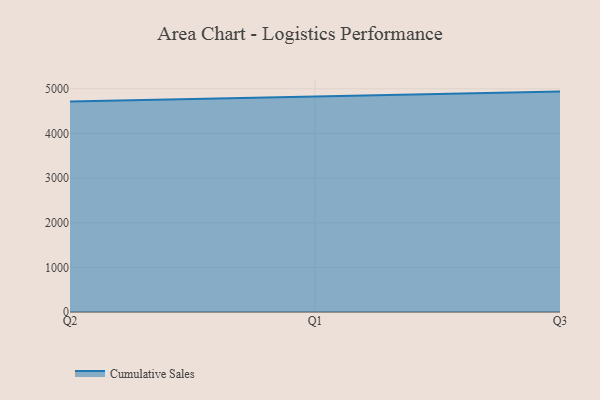
{"axis": {"x": "Quarter", "y": "Gross Profit (USD K)"}, "legend": ["Cumulative Sales"], "data": [{"x": "Q2", "y": 4717.4, "type": "Cumulative Sales"}, {"x": "Q1", "y": 4822.6, "type": "Cumulative Sales"}, {"x": "Q3", "y": 4937.2, "type": "Cumulative Sales"}]}